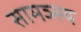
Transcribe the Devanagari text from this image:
सामञ्स्य